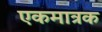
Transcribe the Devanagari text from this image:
एकमात्रक